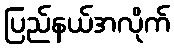
ပြည်နယ်အလိုက်